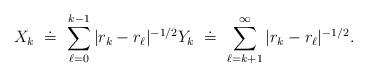
LaTeX: \begin{align*}X_{k}\ \doteq \ \sum_{\ell =0}^{k-1}|r_{k}-r_{\ell }|^{-1/2}Y_{k}\ \doteq \ \sum_{\ell =k+1}^{\infty }|r_{k}-r_{\ell }|^{-1/2}.\end{align*}